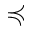
\preccurlyeq